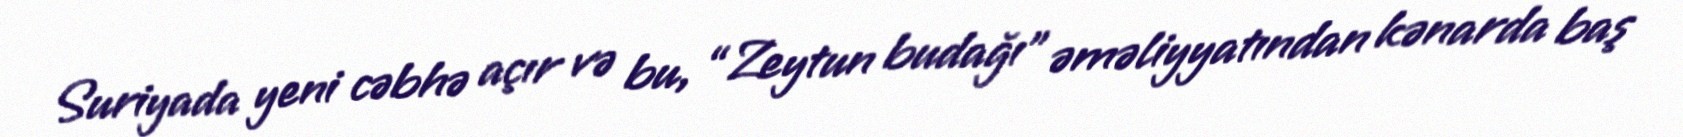
Suriyada yeni cəbhə açır və bu, “Zeytun budağı” əməliyyatından kənarda baş